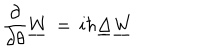
{ \frac { \partial } { \partial \theta } } \underline { { W } } \, = \, i \hbar \underline { { \Delta } } \underline { { W } }